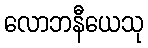
လောဘနီယေသု